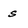
Character: s